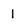
Character: l